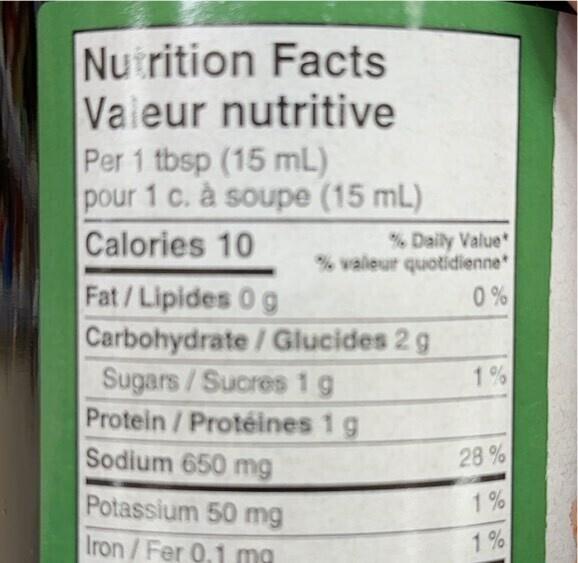
M
Nutrition Facts Valeur nutritive Per 1 tbsp (15 mL) pour 1 c. à soupe (15 mL)
Calories 10
% Daily Value* % valeur quotidienne
0%
Fat/Lipides 0 g
Carbohydrate / Glucides 2 g
Sugars/Sucres 1 g
Protein / Protéines 1 g
Sodium 650 mg
Potassium 50 mg
Iron/Fer 0.1 mg
1%
28%
1%
1%